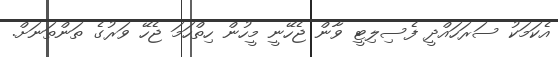
އެކަމަކު ސަރަހައްދީ ފެސިލިޓީ ވާން ޖެހޭނީ މީހުން ހިތްހަމަ ޖެހޭ ވަރުގެ ތަންތަނަށް.